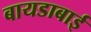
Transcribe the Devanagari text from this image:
बायडाबाई